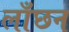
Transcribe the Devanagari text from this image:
लाँछन